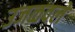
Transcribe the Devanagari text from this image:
उजळवले